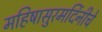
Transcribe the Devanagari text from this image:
महिषासुरमर्दिनीचे